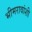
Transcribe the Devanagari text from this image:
भीमरावांशी